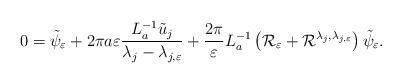
LaTeX: \begin{align*}0 = \tilde{\psi}_{\varepsilon} + 2\pi a\varepsilon\frac{L_{a}^{-1}\tilde{u}_j}{\lambda_j - \lambda_{j,\varepsilon}} + \frac{2\pi}{\varepsilon}L_{a}^{-1}\left( \mathcal{R}_\varepsilon + \mathcal{R}^{\lambda_j,\lambda_{j,\varepsilon}}\right) \tilde{\psi}_\varepsilon.\end{align*}